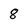
Character: 8